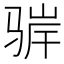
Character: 𬴁